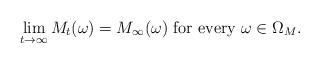
LaTeX: \begin{align*}\lim_{t\rightarrow\infty}M_t(\omega)= M_{\infty}(\omega) \mbox{ for every } \omega\in\Omega_M .\end{align*}